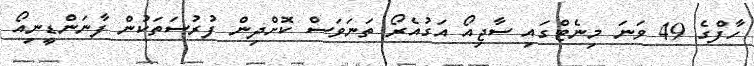
ހާފްގެ 49 ވަނަ މިނެޓްގައި ސާޖިއޯ އަގުއެރޯ ތަނަވަސް ކޮށްދިން ފުރުސަތަކުން ފާނަންޑީނިއޯ